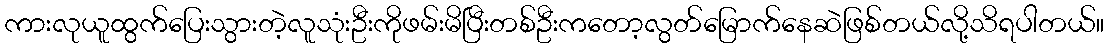
ကားလုယူထွက်ပြေးသွားတဲ့လူသုံးဦးကိုဖမ်းမိပြီးတစ်ဦးကတော့လွတ်မြောက်နေဆဲဖြစ်တယ်လို့သိရပါတယ်။